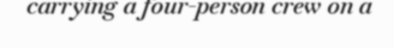
carrying a four-person crew on a